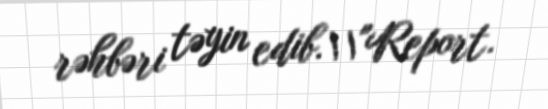
rəhbəri təyin edib.\\"Report.